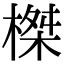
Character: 榤